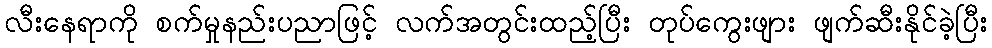
လီးနေရာကို စက်မှုနည်းပညာဖြင့် လက်အတွင်းထည့်ပြီး တုပ်ကွေးဖျား ဖျက်ဆီးနိုင်ခဲ့ပြီး